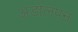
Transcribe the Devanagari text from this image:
अडोलपन